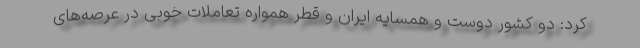
کرد: دو کشور دوست و همسایه ایران و قطر همواره تعاملات خوبی در عرصه‌های